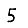
Digit: 5